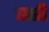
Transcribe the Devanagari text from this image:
ताप्री